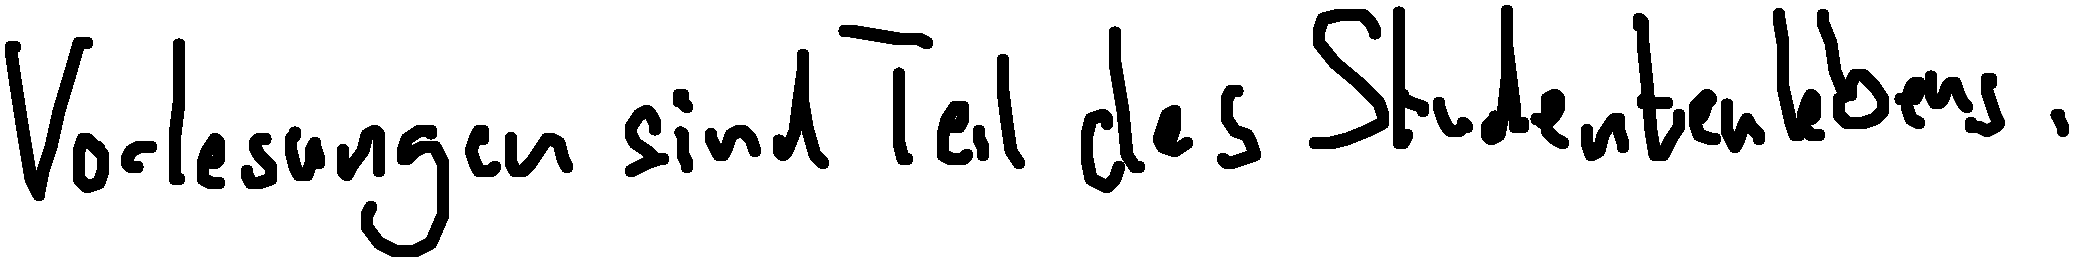
Vorlesungen sind Teil des Studentenlebens.